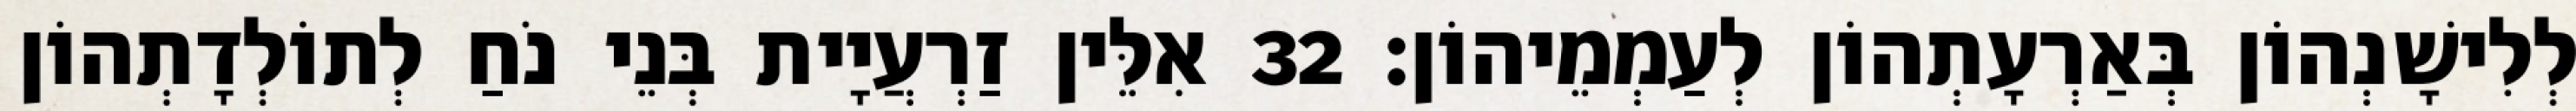
לְלִישָׁנְהוֹן בְּאַרְעָתְהוֹן לְעַמְמֵיהוֹן׃ 32 אִלֵּין זַרְעֲיָית בְּנֵי נֹחַ לְתוֹלְדָתְהוֹן